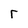
Character: r